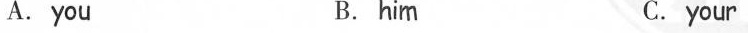
A.you B. him C.your